Treatise on elephants
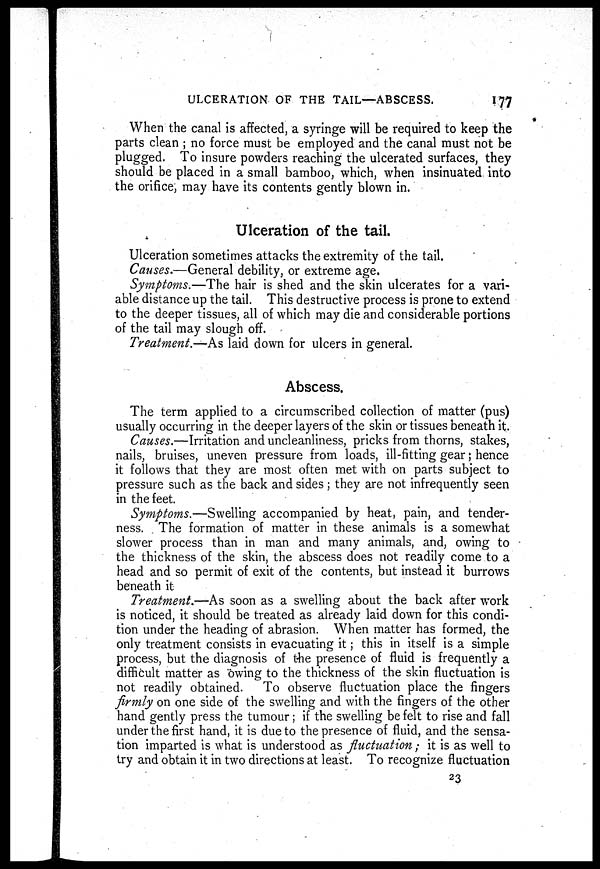
ULCERATION OF THE TAIL—ABSCESS.
177
When the canal is affected, a syringe will be required to keep the
parts clean ; no force must be employed and the canal must not be
plugged. To insure powders reaching the ulcerated surfaces, they
should be placed in a small bamboo, which, when insinuated into
the orifice, may have its contents gently blown in.
Ulceration of the tail.
Ulceration sometimes attacks the extremity of the tail.
Causes.—General debility, or extreme age.
Symptoms.—The hair is shed and the skin ulcerates for a vari-
able distance up the tail. This destructive process is prone to extend
to the deeper tissues, all of which may die and considerable portions
of the tail may slough off.
Treatment.—As laid down for ulcers in general.
Abscess.
The term applied to a circumscribed collection of matter (pus)
usually occurring in the deeper layers of the skin or tissues beneath it.
Causes.—Irritation and uncleanliness, pricks from thorns, stakes,
nails, bruises, uneven pressure from loads, ill-fitting gear; hence
it follows that they are most often met with on parts subject to
pressure such as the back and sides; they are not infrequently seen
in the feet.
Symptoms.—Swelling accompanied by heat, pain, and tender-
ness. The formation of matter in these animals is a somewhat
slower process than in man and many animals, and, owing to
the thickness of the skin, the abscess does not readily come to a
head and so permit of exit of the contents, but instead it burrows
beneath it
Treatment.—As soon as a swelling about the back after work
is noticed, it should be treated as already laid down for this condi-
tion under the heading of abrasion. When matter has formed, the
only treatment consists in evacuating it; this in itself is a simple
process, but the diagnosis of the presence of fluid is frequently a
difficult matter as owing to the thickness of the skin fluctuation is
not readily obtained. To observe fluctuation place the fingers
firmly on one side of the swelling and with the fingers of the other
hand gently press the tumour; if the swelling be felt to rise and fall
under the first hand, it is due to the presence of fluid, and the sensa-
tion imparted is what is understood as fluctuation; it is as well to
try and obtain it in two directions at least. To recognize fluctuation
23